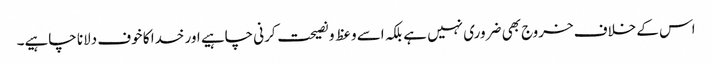
اس کے خلاف خروج بھی ضروری نہیں ہے بلکہ اسے وعظ و نصیحت کرنی چاہیے اور خدا کا خوف دلانا چاہیے۔